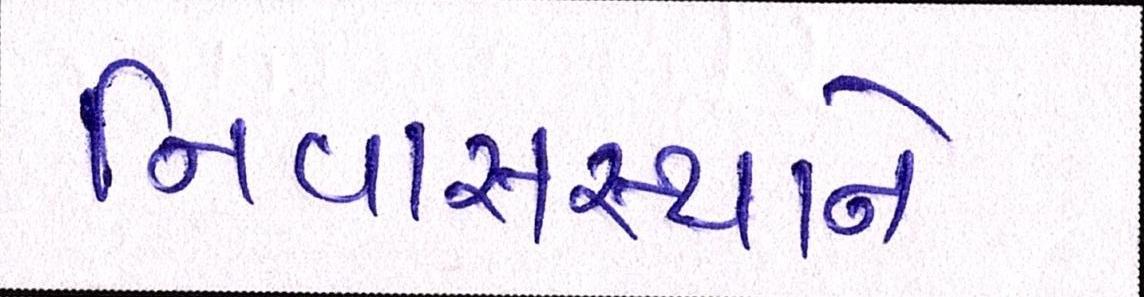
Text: નિવાસસ્થાને